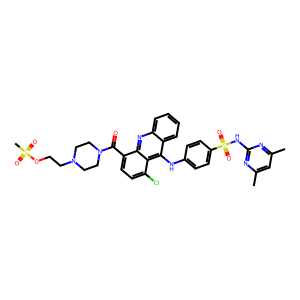
SMILES: Cc1cc(C)nc(NS(=O)(=O)c2ccc(Nc3c4ccccc4nc4c(C(=O)N5CCN(CCOS(C)(=O)=O)CC5)ccc(Cl)c34)cc2)n1
Inhibits HIV replication: No